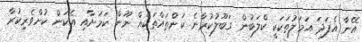
އޭނާ އެފަދަ އަމަލުތަކަކީ ކްލަބުން ގަބޫލުކުރާނެ ކަންތައްތަކެއް ނޫން ކަމަށާއި އެކަން ކުށްވެރިކުރާ